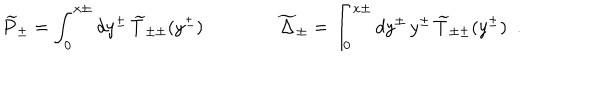
\widetilde { P } _ { \pm } = \int _ { 0 } ^ { x \pm } d y ^ { \pm } \, \widetilde { T } _ { \pm \pm } ( y ^ { \pm } ) \qquad \qquad \widetilde { \Delta } _ { \pm } = \int _ { 0 } ^ { x \pm } d y ^ { \pm } \, y ^ { \pm } \, \widetilde { T } _ { \pm \pm } ( y ^ { \pm } ) \ \ .